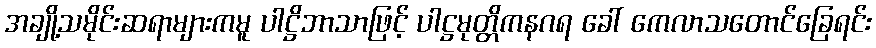
အချို့သမိုင်းဆရာများကမူ ပါဋ္ဌိဘာသာဖြင့် ပါဋ္ဌမုတ္တိကနဂရ ခေါ် ကေလာသတောင်ခြေရင်း